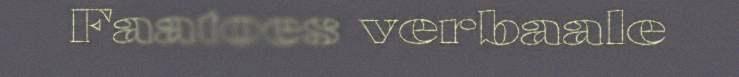
Faatoes verbaale